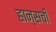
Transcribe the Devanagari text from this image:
हान्सची